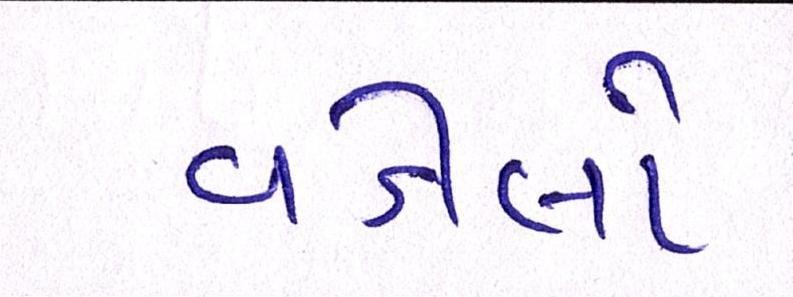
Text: વડીલો